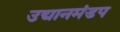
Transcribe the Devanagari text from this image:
उद्यानमंडप